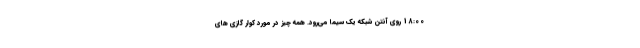
18:00 روی آنتن شبکه یک سیما می‌رود. همه چیز در مورد کولر گازی های